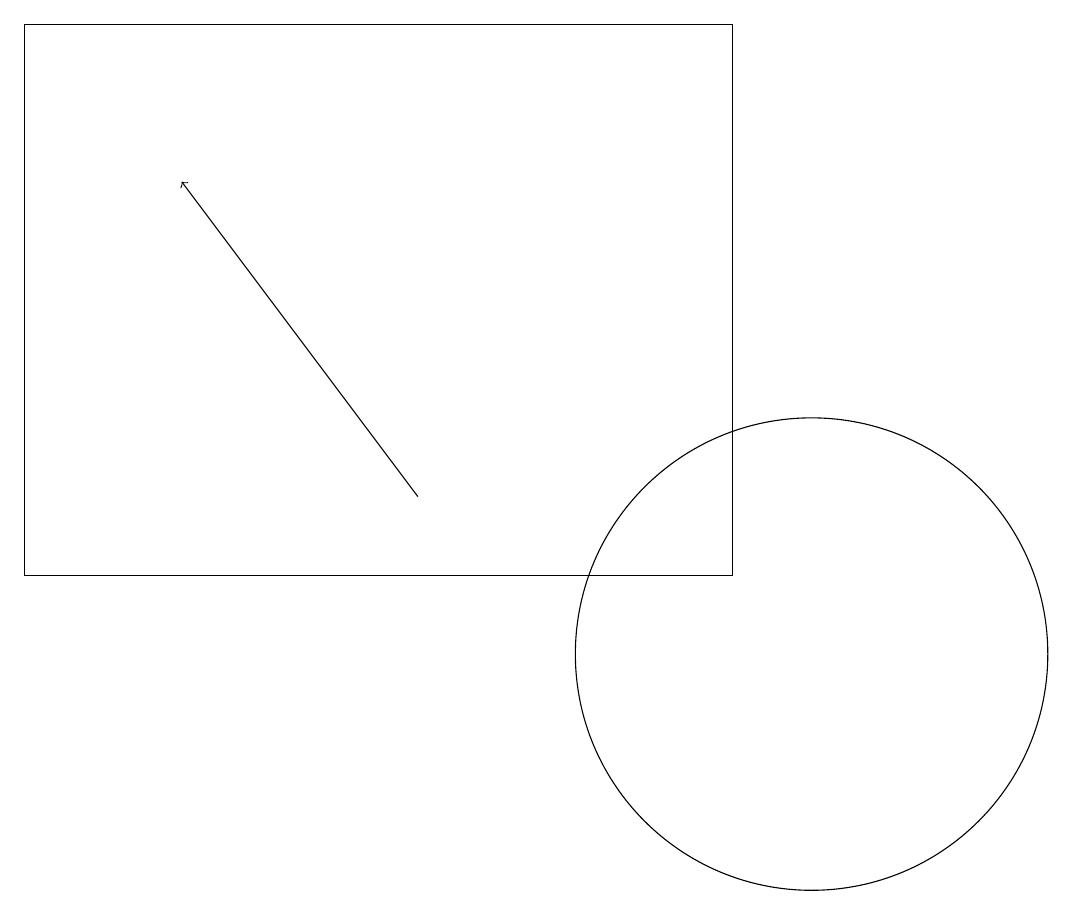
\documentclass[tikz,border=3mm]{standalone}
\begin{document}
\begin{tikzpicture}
\draw[->] (5,13) -- (2,17);
\draw (10,11) circle (3);
\draw (0,19) rectangle (9,12);
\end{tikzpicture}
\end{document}